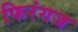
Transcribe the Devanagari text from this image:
फिरंगज